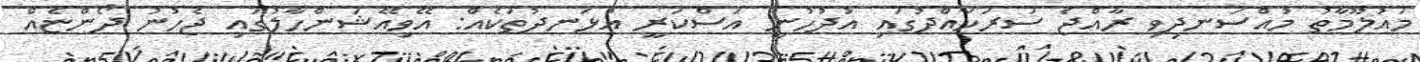
މައުލޫމާތު މުއްސަނދިވި ރާއްޖެ ސަރަހައްދުގައި އުދުހުނީ އަސްކަރީ އުޅަނދުތަކެއް: އޭވިއޭޝަންހާލުގައި ޖެހުނު ދޯންޏެއް